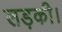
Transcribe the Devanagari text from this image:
लड़की।